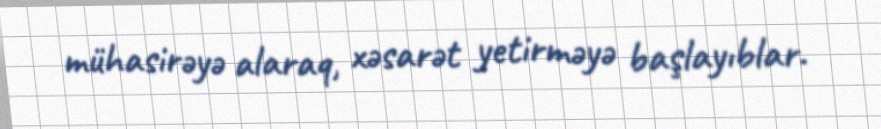
mühasirəyə alaraq, xəsarət yetirməyə başlayıblar.